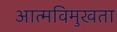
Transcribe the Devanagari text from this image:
आत्मविमुखता